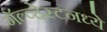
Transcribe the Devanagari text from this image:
गॅल्व्हेस्टनध्ये